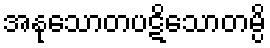
အနုသောတပဋိသောတမ္ပိ